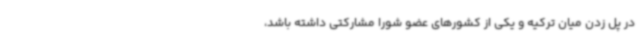
در پل زدن میان ترکیه و یکی از کشورهای عضو شورا مشارکتی داشته باشد،